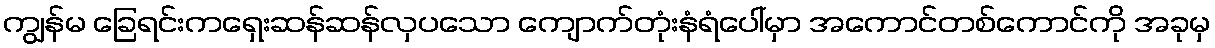
ကျွန်မ ခြေရင်းကရှေးဆန်ဆန်လှပသော ကျောက်တုံးနံရံပေါ်မှာ အကောင်တစ်ကောင်ကို အခုမှ